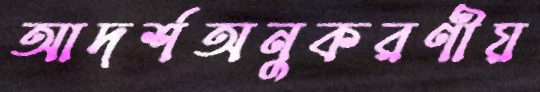
আদর্শঅনুকরণীয়